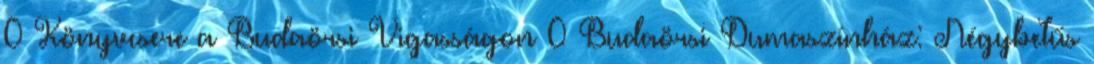
0 Könyvcsere a Budaörsi Vigasságon 0 Budaörsi Dumaszínház: Négybetűs